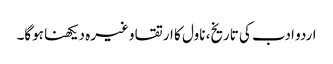
اردو ادب کی تاریخ، ناول کا ارتقا وغیرہ دیکھنا ہوگا۔